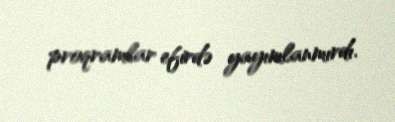
proqramlar efirdə yayımlanmırdı.